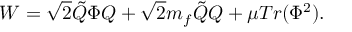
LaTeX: W = \sqrt { 2 } \tilde { Q } \Phi Q + \sqrt { 2 } m _ { f } \tilde { Q } Q + \mu T r ( \Phi ^ { 2 } ) .